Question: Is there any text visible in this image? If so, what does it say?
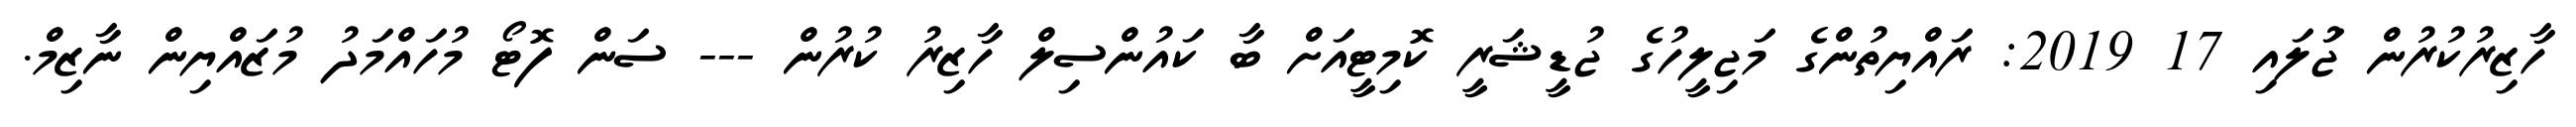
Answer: ހާޒިރުކުރުން ޖުަލައި 17 2019: ރައްޔިތުންގެ މަޖިލީހުގެ ޖުޑީޝަރީ ކޮމިޓީއަށް ބާ ކައުންސިލް ހާޒިރު ކުރުން --- ސަން ފޮޓޯ މުހައްމަދު މުޒައްޔިން ނާޒިމް.